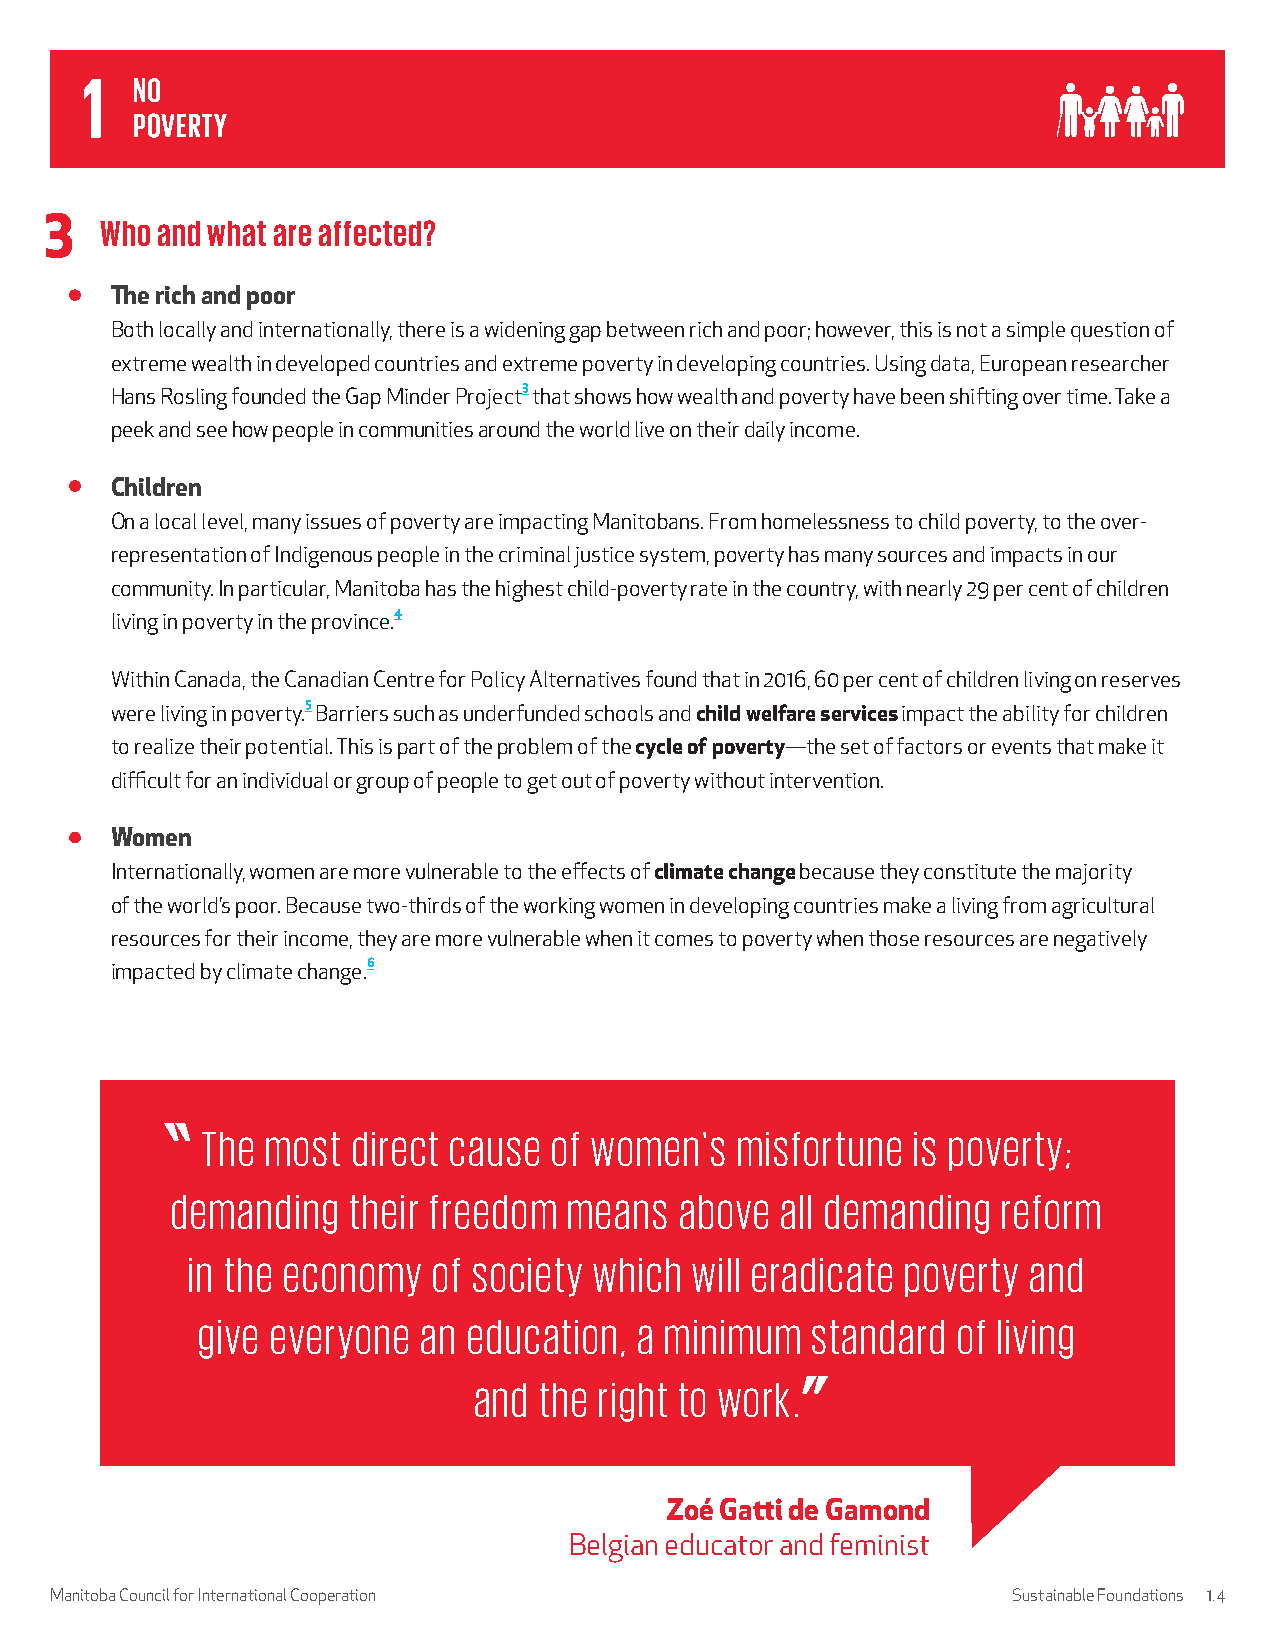
3   Who and what are affected?
 The rich and poor
 Both locally and internationally, there is a widening gap between rich and poor; however, this is not a simple question of
 extreme wealth in developed countries and extreme poverty in developing countries. Using data, European researcher
 Hans Rosling founded the Gap Minder Project3 that shows how wealth and poverty have been shifting over time. Take a
 peek and see how people in communities around the world live on their daily income.
 Children
 On a local level, many issues of poverty are impacting Manitobans. From homelessness to child poverty, to the over-
 representation of Indigenous people in the criminal justice system, poverty has many sources and impacts in our
 community. In particular, Manitoba has the highest child-poverty rate in the country, with nearly 29 per cent of children
 living in poverty in the province.4
 Within Canada, the Canadian Centre for Policy Alternatives found that in 2016, 60 per cent of children living on reserves
 were living in poverty.5 Barriers such as underfunded schools and child welfare services impact the ability for children
 to realize their potential. This is part of the problem of the cycle of poverty—the set of factors or events that make it
 difficult for an individual or group of people to get out of poverty without intervention.
 Women
 Internationally, women are more vulnerable to the effects of climate change because they constitute the majority
 of the world’s poor. Because two-thirds of the working women in developing countries make a living from agricultural
 resources for their income, they are more vulnerable when it comes to poverty when those resources are negatively
 impacted by climate change.6
 The  most direct cause  of women's  misfortune is poverty;
 demanding   their freedom  means  above  all demanding reform
 in the economy   of society which will eradicate poverty and
 give everyone  an education, a minimum   standard of living
 and  the right to work.
 Zoé Gatti de Gamond
 Belgian educator and feminist
 Manitoba Council for International Cooperation                  Sustainable Foundations 1.4